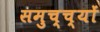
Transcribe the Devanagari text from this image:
समुच्च्यों